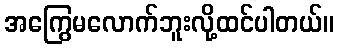
အကြွေမလောက်ဘူးလို့ထင်ပါတယ်။